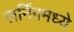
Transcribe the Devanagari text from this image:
लर्निंगमध्ये